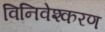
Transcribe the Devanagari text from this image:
विनिवेश्करण